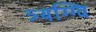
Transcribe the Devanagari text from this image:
त्र्यग्ग्वि